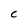
Character: C